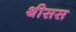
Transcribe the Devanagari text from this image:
थीसस